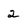
Character: 2